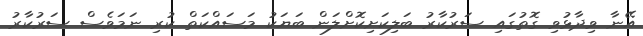
އޭނާ ވިދާޅުވި ގޮތުގައި ސަރުކާރު ބަލިކަށިކޮށްލަން ބަޔަކު މަސައްކަތް ކުރި ނަމަވެސް ސަރުކާރު